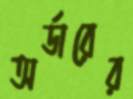
অর্ডারের